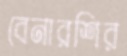
বেনারশির